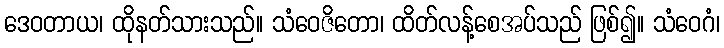
ဒေဝတာယ၊ ထိုနတ်သားသည်။ သံဝေဇိတော၊ ထိတ်လန့်စေအပ်သည် ဖြစ်၍။ သံဝေဂံ၊